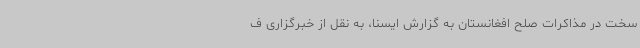
سخت در مذاکرات صلح افغانستان به گزارش ایسنا، به نقل از خبرگزاری ف